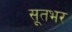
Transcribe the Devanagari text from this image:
सूतभर